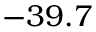
- 3 9 . 7